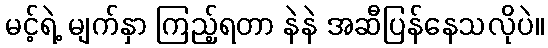
မင့်ရဲ့ မျက်နှာ ကြည့်ရတာ နဲနဲ အဆီပြန်နေသလိုပဲ။